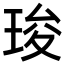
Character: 㻐